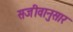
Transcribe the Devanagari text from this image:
सजीवानुसार